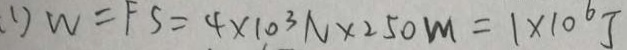
1 ) W = F S = 4 \times 1 0 ^ { 3 } N \times 2 5 0 m = 1 \times 1 0 ^ { 6 } J